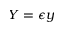
Y = \epsilon y